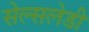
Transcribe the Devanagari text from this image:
सेल्सलेडी